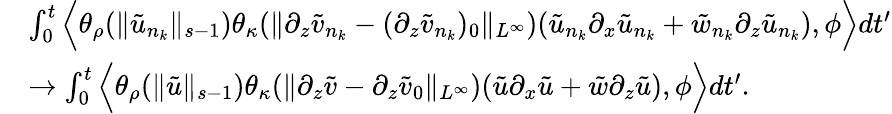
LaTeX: \begin{array}{rl}&{\int_{0}^{t}\Big\langle\theta_{\rho}(\| \tilde{u}_{n_{k}}\| _{s-1})\theta_{\kappa}(\| \partial_{z}\tilde{v}_{n_{k}}-(\partial_{z}\tilde{v}_{n_{k}})_{0}\| _{L^{\infty}})(\tilde{u}_{n_{k}}\partial_{x}\tilde{u}_{n_{k}}+\tilde{w}_{n_{k}}\partial_{z}\tilde{u}_{n_{k}}),\phi\Big\rangle dt^{\prime}}\\ &{\rightarrow\int_{0}^{t}\Big\langle\theta_{\rho}(\| \tilde{u}\| _{s-1})\theta_{\kappa}(\| \partial_{z}\tilde{v}-\partial_{z}\tilde{v}_{0}\| _{L^{\infty}})(\tilde{u}\partial_{x}\tilde{u}+\tilde{w}\partial_{z}\tilde{u}),\phi\Big\rangle dt^{\prime}.}\end{array}